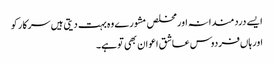
ایسے دردمندانہ اور مخلص مشورے وہ بہت دیتی ہیں سرکار کو
اور ہاں‌فردوس عاشق اعوان بھی تو ہے۔